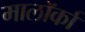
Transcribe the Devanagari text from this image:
मालॉर्का